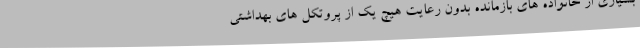
بسیاری از خانواده های بازمانده بدون رعایت هیچ یک از پروتکل های بهداشتی